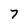
Character: 7